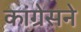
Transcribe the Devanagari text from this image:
कांग्रेसने